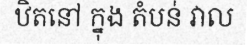
ឋិតនៅ ក្នុង តំបន់ វាល